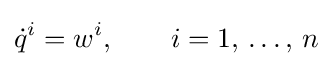
\displaystyle {\dot {q}}^{i}=w^{i},\qquad i=1,\,\ldots ,\,n